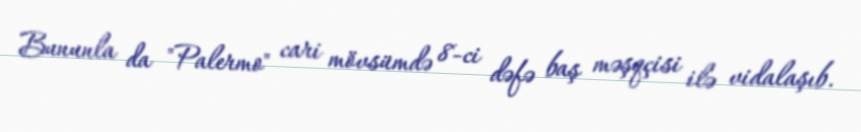
Bununla da "Palermo" cari mövsümdə 8-ci dəfə baş məşqçisi ilə vidalaşıb.